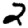
Digit: 2